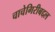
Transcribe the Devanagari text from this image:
चाचेगिरीबद्दल